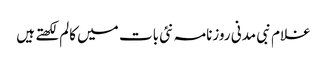
غلام نبی مدنی روزنامہ نئی بات میں کالم لکھتے ہیں